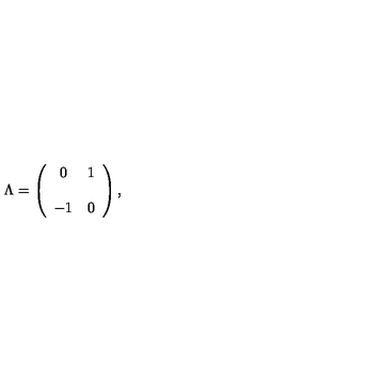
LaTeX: \Lambda = \left( \begin{array} { c c } { 0 } & { 1 } \\ { } & { } \\ { - 1 } & { 0 } \\ \end{array} \right) ,